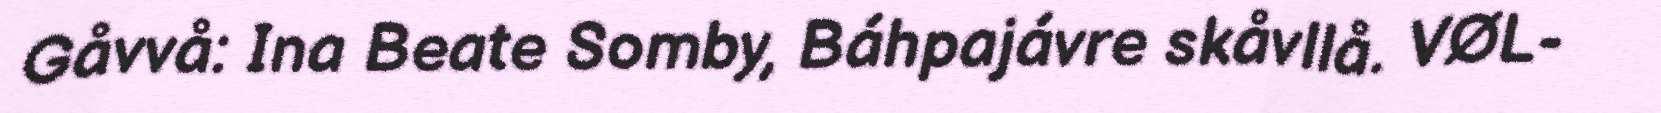
Gåvvå: Ina Beate Somby, Báhpajávre skåvllå. VØL-